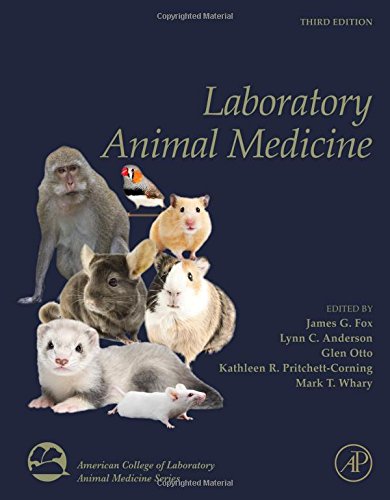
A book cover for Laboratory Animal Medicine, Third Edition (American College of Laboratory Animal Medicine); Medical Books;